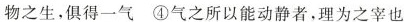
物之生，俱得一气 ④气之所以能动静者，理为之宰也